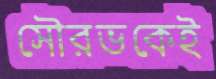
সৌরভকেই